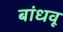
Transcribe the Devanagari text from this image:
बांधवू